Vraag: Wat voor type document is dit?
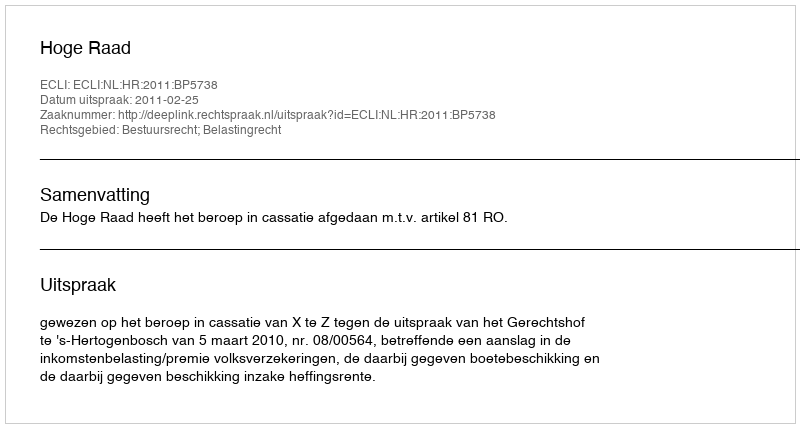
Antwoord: Uitspraak